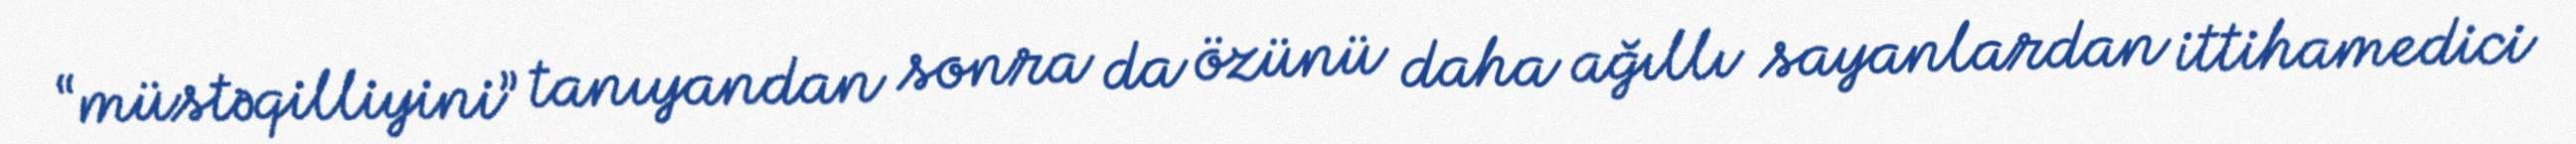
“müstəqilliyini” tanıyandan sonra da özünü daha ağıllı sayanlardan ittihamedici